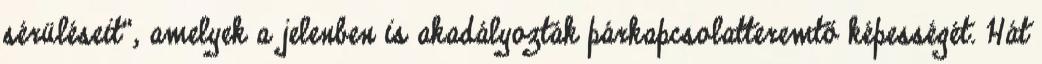
sérüléseit“, amelyek a jelenben is akadályozták párkapcsolatteremtő képességét. Hát